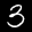
Label: 3